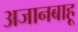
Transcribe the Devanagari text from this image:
अजानबाहू